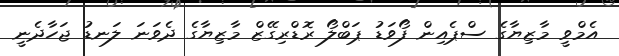
އެމްވީ މާޒިޔާގެ ސްޕެއިން ފޯވަޑު ޕަބްލޯ ރޮޑްރިގޭޒް މާޒިޔާގެ ދެވަނަ ލަނޑު ޖަހާދެނީ